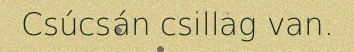
Csúcsán csillag van.